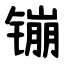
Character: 镚